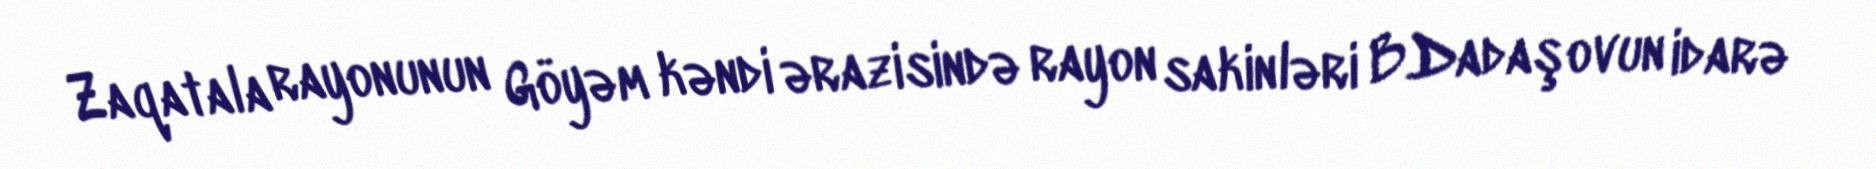
Zaqatala rayonunun Göyəm kəndi ərazisində rayon sakinləri B.Dadaşovun idarə